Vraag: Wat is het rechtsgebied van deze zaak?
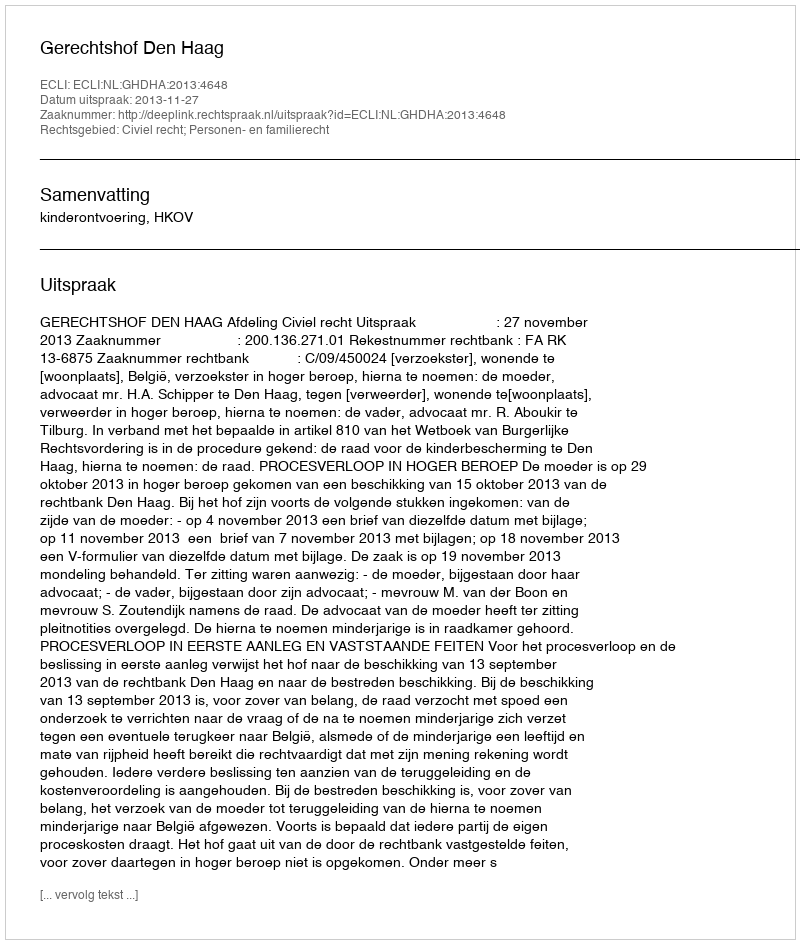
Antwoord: Civiel recht; Personen- en familierecht